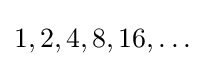
1,2,4,8,16,\ldots